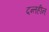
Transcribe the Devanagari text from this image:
दन्तहीन